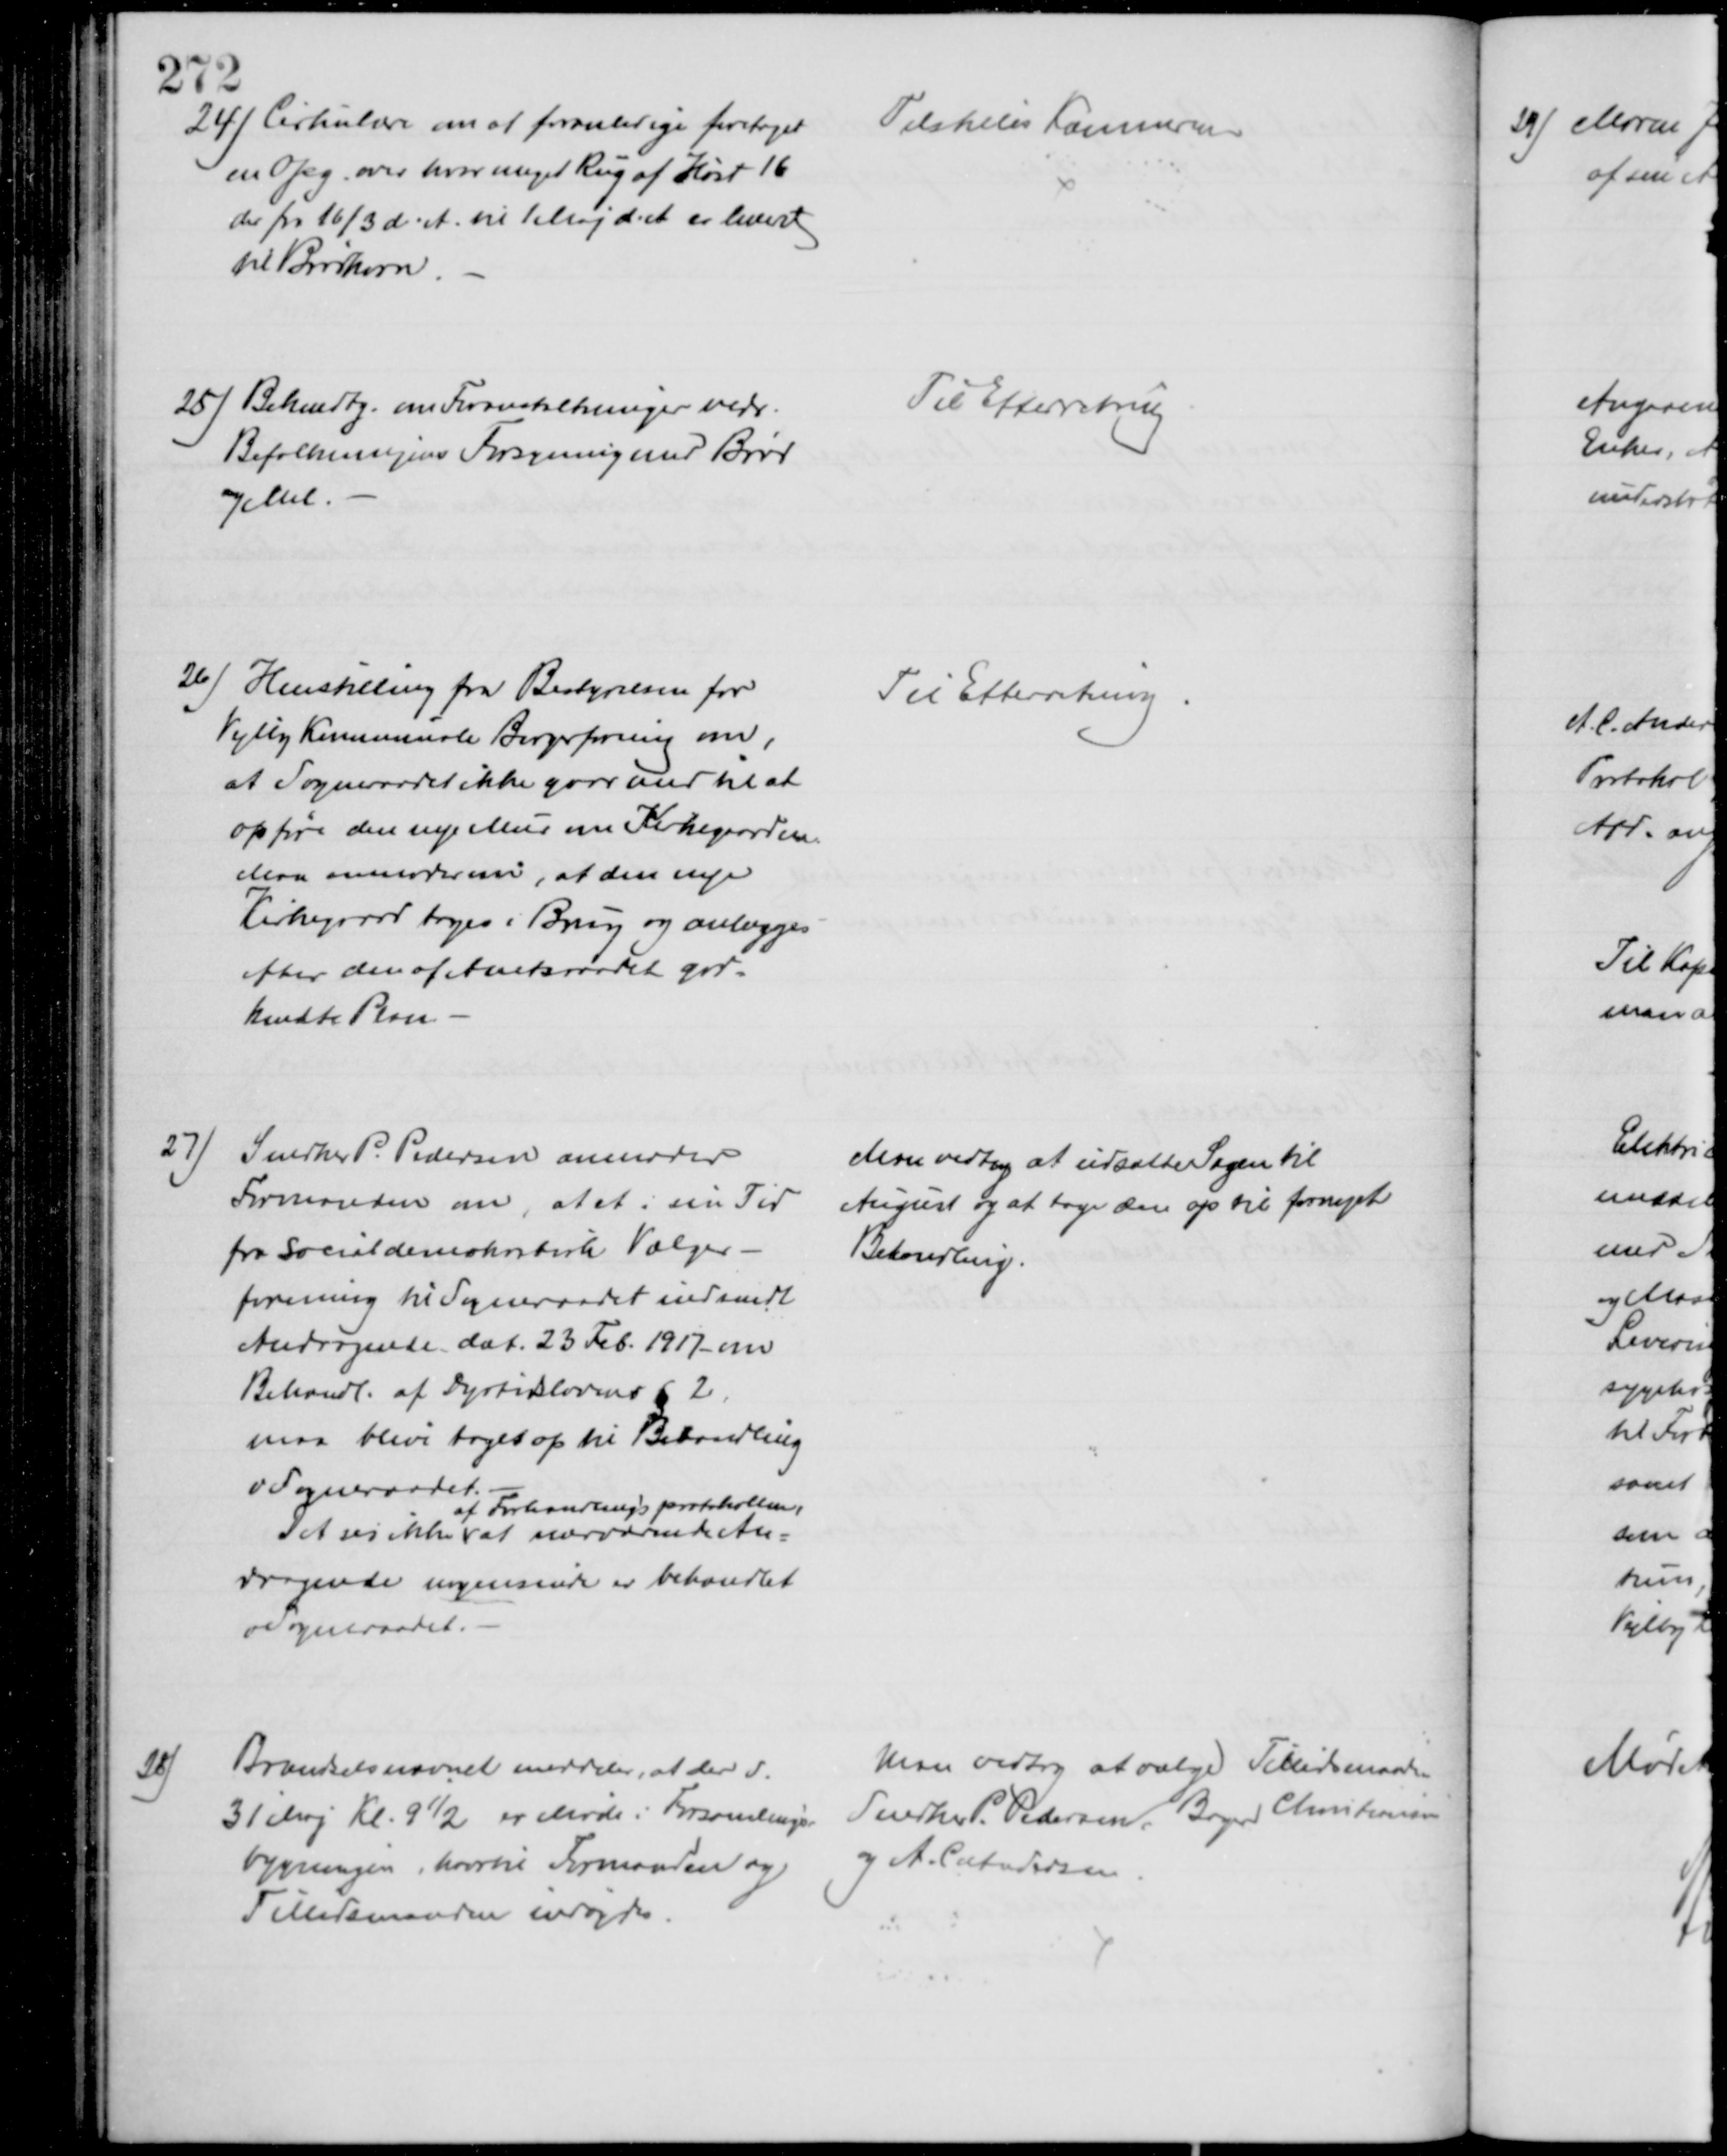
Transskription:
24) Cirkulære om at foranledige foretaget
en Opg. over hvor meget Rug af Høst 16
der fra 16/3 d. A. til 1 Maj d. A. er levert
til Brødkorn.
Tilstilles Kæmneren
25) Bekendtg. om Foranstaltninger vedr.
Befolkningens Forsyning med Brød
og Mel.
Til Efterretning
26) Henstilling fra Bestyrelsen for
Vejlby Kommunale Borgerforening om,
at Sogneraadet ikke gaar med til at
opføre den nye Mur om Kirkegaarden.
Man anmoder om, at den nye
Kirkegaard tages i Brug og anlægges
efter den af Amtsraadet god-
kendte Plan 
Til Efterretning.
27)
Snedker P. Pedersen anmoder
Formanden om, at et i sin Tid
fra Socialdemokratisk Vælger-
forening til Sogneraadet indsendt
Andragende dat. 23 Feb. 1917 om
Behandl. af Dyrtidslovens § 2
maa blive taget op til Behandling
v Sogneraadet
Det ses ikke 
af Forhandlingsprotokollen,
at nærværende An-
dragende nogensinde er behandlet
v Sogneraadet.
Man vedtog at udsætte Sagen til 
August og at tage den op til fornyet 
Behandling.
28)
Brændselsnævnet meddeler, at der d.
31 Maj Kl. 9½ er Møde i Forsamlings-
bygningen, hvortil Formanden og
Tillidsmanden indbydes.
Man vedtog at vælge Tillidsmændene
Snedker P. Pedersen, Bager Christiansen
og A. C Andersen